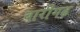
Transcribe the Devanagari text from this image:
बारीगढ़